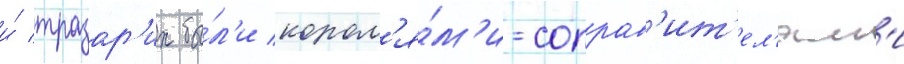
и́ тразар'их бы́л'и корол'я́м'и-соправ'ит'ел'ям'и